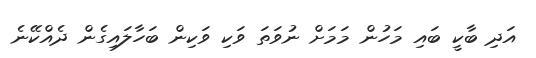
އަދި ބާކީ ބައި މަހުން މަމަށް ނުވަތަ ވަކި ވަކިން ބަހާލައިގެން ދެއްކޭނެ